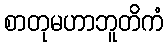
စာတုမဟာဘူတိကံ